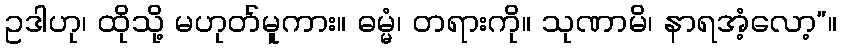
ဥဒါဟု၊ ထိုသို့ မဟုတ်မူကား။ ဓမ္မံ၊ တရားကို။ သုဏာမိ၊ နာရအံ့လော့”။